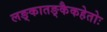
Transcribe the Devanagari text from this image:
लङ्कातङ्कैकहेतोः